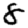
Digit: 8